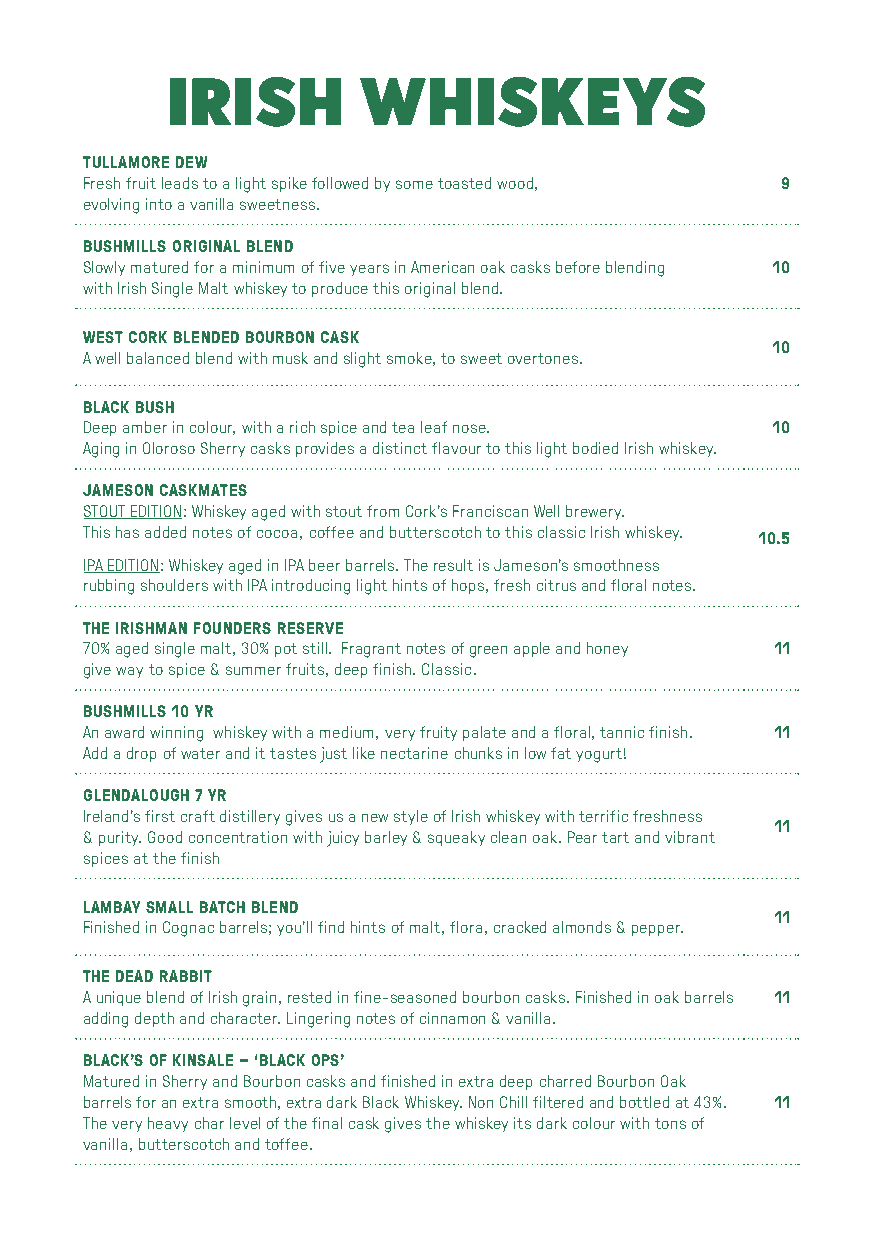
IRISH        WHISKEYS
 TULLAMORE DEW
 Fresh fruit leads to a light spike followed by some toasted wood, 9
 evolving into a vanilla sweetness.
 BUSHMILLS ORIGINAL BLEND
 Slowly matured for a minimum of five years in American oak casks before blending 10
 with Irish Single Malt whiskey to produce this original blend.
 WEST CORK BLENDED BOURBON CASK
 10
 A well balanced blend with musk and slight smoke, to sweet overtones.
 BLACK BUSH
 Deep amber in colour, with a rich spice and tea leaf nose. 10
 Aging in Oloroso Sherry casks provides a distinct flavour to this light bodied Irish whiskey.
 JAMESON CASKMATES
 STOUT EDITION: Whiskey aged with stout from Cork’s Franciscan Well brewery.
 This has added notes of cocoa, coffee and butterscotch to this classic Irish whiskey.
 10.5
 IPA EDITION: Whiskey aged in IPA beer barrels. The result is Jameson’s smoothness
 rubbing shoulders with IPA introducing light hints of hops, fresh citrus and floral notes.
 THE IRISHMAN FOUNDERS RESERVE
 70% aged single malt, 30% pot still. Fragrant notes of green apple and honey 11
 give way to spice & summer fruits, deep finish. Classic.
 BUSHMILLS 10 YR
 An award winning whiskey with a medium, very fruity palate and a floral, tannic finish. 11
 Add a drop of water and it tastes just like nectarine chunks in low fat yogurt!
 GLENDALOUGH 7 YR
 Ireland’s first craft distillery gives us a new style of Irish whiskey with terrific freshness
 11
 & purity. Good concentration with juicy barley & squeaky clean oak. Pear tart and vibrant
 spices at the finish
 LAMBAY SMALL BATCH BLEND
 11
 Finished in Cognac barrels; you’ll find hints of malt, flora, cracked almonds & pepper.
 THE DEAD RABBIT
 A unique blend of Irish grain, rested in fine-seasoned bourbon casks. Finished in oak barrels 11
 adding depth and character. Lingering notes of cinnamon & vanilla.
 BLACK’S OF KINSALE – ‘BLACK OPS’
 Matured in Sherry and Bourbon casks and finished in extra deep charred Bourbon Oak
 barrels for an extra smooth, extra dark Black Whiskey. Non Chill filtered and bottled at 43%. 11
 The very heavy char level of the final cask gives the whiskey its dark colour with tons of
 vanilla, butterscotch and toffee.